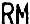
RM